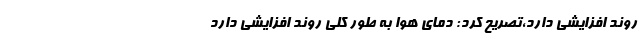
روند افزایشی دارد،تصریح کرد: دمای هوا به طور کلی روند افزایشی دارد